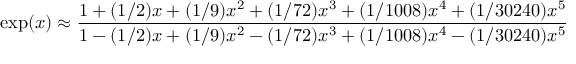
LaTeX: \exp ( x ) \approx { \frac { 1 + ( 1 / 2 ) x + ( 1 / 9 ) x ^ { 2 } + ( 1 / 7 2 ) x ^ { 3 } + ( 1 / 1 0 0 8 ) x ^ { 4 } + ( 1 / 3 0 2 4 0 ) x ^ { 5 } } { 1 - ( 1 / 2 ) x + ( 1 / 9 ) x ^ { 2 } - ( 1 / 7 2 ) x ^ { 3 } + ( 1 / 1 0 0 8 ) x ^ { 4 } - ( 1 / 3 0 2 4 0 ) x ^ { 5 } } }